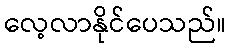
လေ့လာနိုင်ပေသည်။